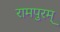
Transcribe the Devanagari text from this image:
रामपुरम्